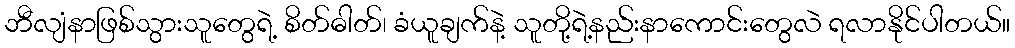
ဘီလျံနာဖြစ်သွားသူတွေရဲ့ စိတ်ဓါတ်၊ ခံယူချက်နဲ့ သူတို့ရဲ့နည်းနာကောင်းတွေလဲ ရလာနိုင်ပါတယ်။